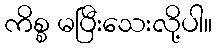
ကိစ္စ မပြီးသေးလို့ပါ။